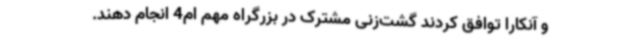
و آنکارا توافق کردند گشت‌زنی مشترک در بزرگراه مهم ام4 انجام دهند.